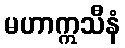
မဟာဣသီနံ